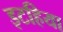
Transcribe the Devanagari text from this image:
इटहिया